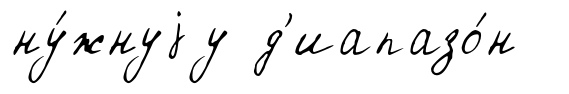
ну́жнуjу д'иапазо́н